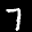
Label: 7